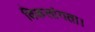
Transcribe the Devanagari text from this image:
विकलांगता।